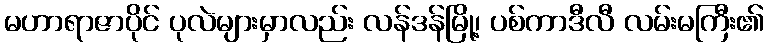
မဟာရာဇာပိုင် ပုလဲများမှာလည်း လန်ဒန်မြို့၊ ပစ်ကာဒီလီ လမ်းမကြီး၏